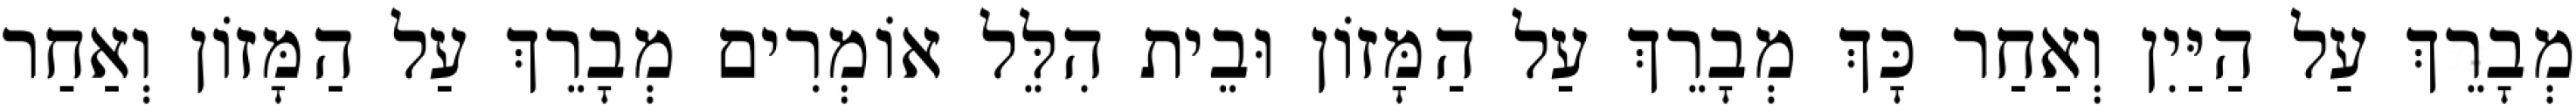
מְבָרֵךְ עַל הַיַּיִן וְאַחַר כָּךְ מְבָרֵךְ עַל הַמָּזוֹן וּבֵית הִלֵּל אוֹמְרִים מְבָרֵךְ עַל הַמָּזוֹן וְאַחַר